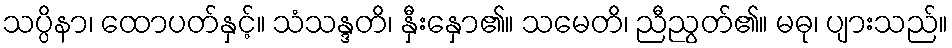
သပ္ပိနာ၊ ထောပတ်နှင့်။ သံသန္ဒတိ၊ နှီးနှော၏။ သမေတိ၊ ညီညွတ်၏။ မဓု၊ ပျားသည်။